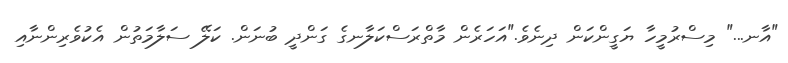
"އާނ..." މިސްރުމީހާ ޔަގީންކަން ދިނެވެ."އަހަރެން މާތްރަސްކަލާނގެ ގަންދީ ބުނަން. ކަލޭ ސަލާމަތުން އެކުވެރިންނާއި